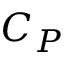
C _ { P }